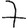
Digit: 7